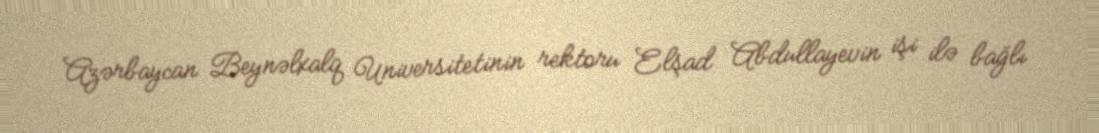
Azərbaycan Beynəlxalq Universitetinin rektoru Elşad Abdullayevin işi ilə bağlı